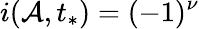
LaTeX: i(\mathcal{A},t_{*})=(-1)^{\nu}